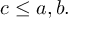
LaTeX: c \leq a , b .